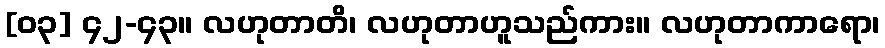
[၀၃] ၄၂-၄၃။ လဟုတာတိ၊ လဟုတာဟူသည်ကား။ လဟုတာကာရော၊